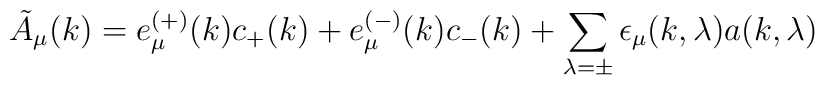
\tilde{A}_{\mu }(k)=e_{\mu }^{\left( +\right) }(k)c_{+}(k)+e_{\mu }^{\left(-\right) }(k)c_{-}(k)+\sum_{\lambda =\pm }\epsilon _{\mu }(k,\lambda)a(k,\lambda )